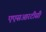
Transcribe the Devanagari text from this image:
एएसआरटीसी